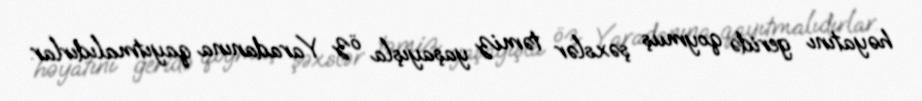
həyatını geridə qoymuş şəxslər təmiz yaşayışla öz Yaradanına qayıtmalıdırlar.